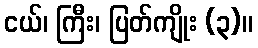
ငယ်၊ ကြီး၊ ပြတ်ကျိုး (၃)။